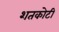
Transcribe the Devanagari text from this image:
शतकोटी